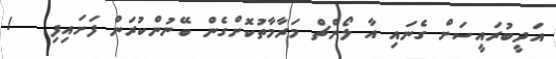
އަދީބުރައީސަށް ގެނައި އާ ލޯންޗް މަރާމާތުކޮށްގެން ބޭނުންކުރަން ފަށައިފި   !